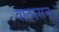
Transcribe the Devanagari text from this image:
वाटरसन